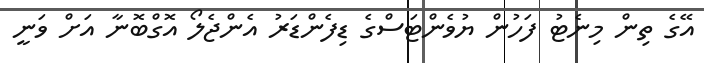
އޭގެ ތިން މިނެޓު ފަހުން ޔުވެންޓަސްގެ ޑިފެންޑަރު އެންޖެލޯ އޮގްބޮނާ އަށް ވަނީ